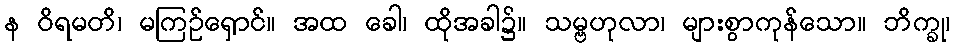
န ဝိရမတိ၊ မကြဉ်ရှောင်။ အထ ခေါ၊ ထိုအခါ၌။ သမ္ဗဟုလာ၊ များစွာကုန်သော။ ဘိက္ခု၊